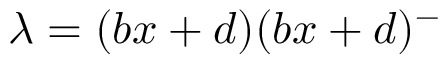
\lambda = ( b x + d ) ( b x + d ) ^ { - }